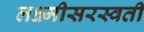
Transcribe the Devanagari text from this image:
लक्ष्मीसरस्वती